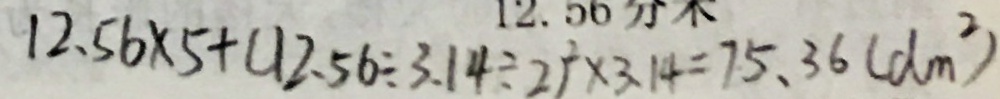
1 2 . 5 6 \times 5 + ( 1 2 . 5 6 \div 3 . 1 4 \div 2 ) ^ { 2 } \times 3 . 1 4 = 7 5 . 3 6 ( d m ^ { 2 } )